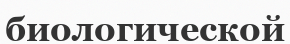
биологической